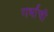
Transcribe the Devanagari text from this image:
गर्भांची